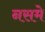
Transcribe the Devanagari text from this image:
नसमे